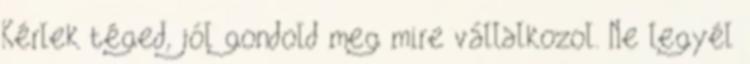
Kérlek téged, jól gondold meg mire vállalkozol. Ne legyél